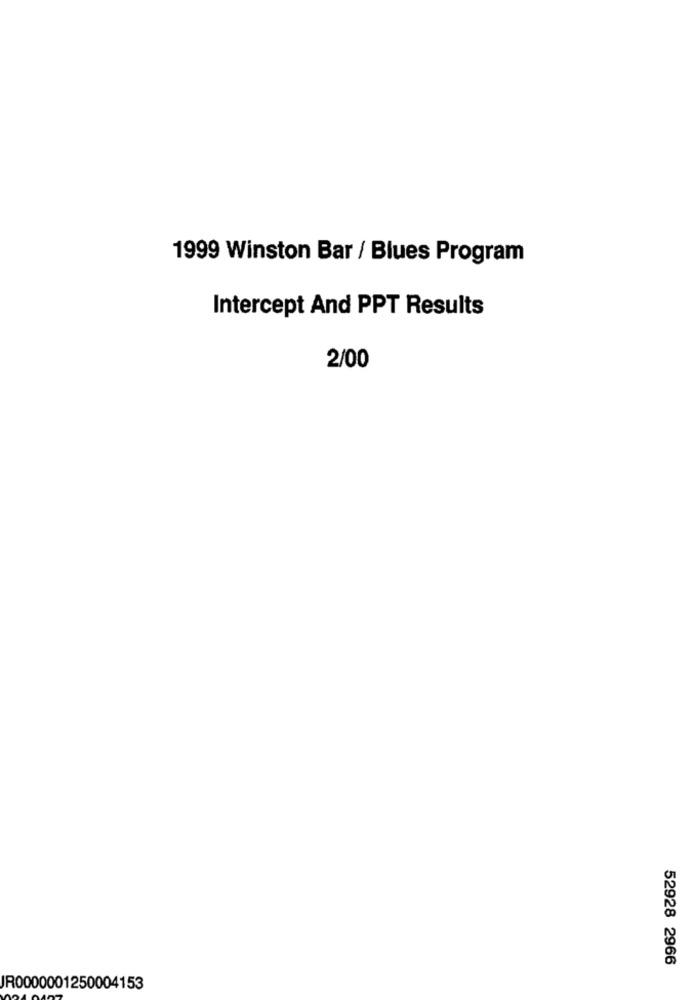
1999 Winston Bar / Blues Program
Intercept And PPT Results
2/00
52928 2966
JR0000001250004153